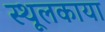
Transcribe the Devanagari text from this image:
स्थूलकाया